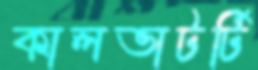
কালভাটর্টি